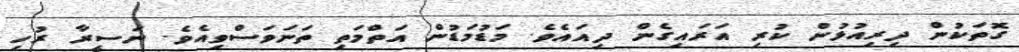
ގޮތަކުން ދިރިއުޅުން ކުރި އަރައިގެން ދިއައެވެ. މަޑުމަޑުން އަތްމަތި ތަނަވަސްވިއެވެ. ނަސީރާ ރުހި